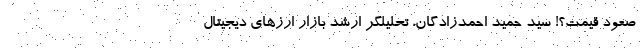
صعود قیمت؟! سید حمید احمدزادگان، تحلیلگر ارشد بازار ارزهای دیجیتال